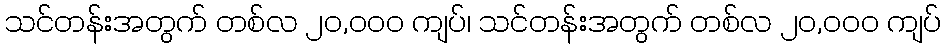
သင်တန်းအတွက် တစ်လ ၂၀,၀၀၀ ကျပ်၊ သင်တန်းအတွက် တစ်လ ၂၀,၀၀၀ ကျပ်